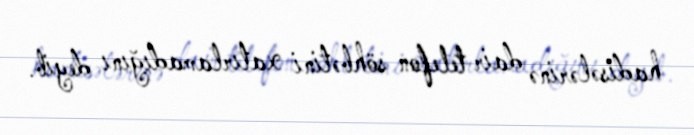
hadisələrinə dair telefon söhbətini xatırlamadığını deyib.